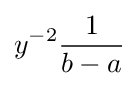
y^{-2}{\frac {1}{b-a}}